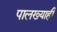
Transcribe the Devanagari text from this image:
पालख्याही